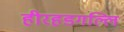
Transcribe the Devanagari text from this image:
हीरहडगल्लि